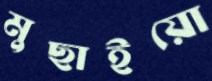
মুছাইয়ো